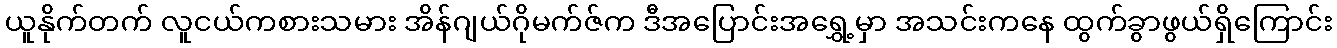
ယူနိုက်တက် လူငယ်ကစားသမား အိန်ဂျယ်ဂိုမက်ဇ်က ဒီအပြောင်းအရွှေ့မှာ အသင်းကနေ ထွက်ခွာဖွယ်ရှိကြောင်း